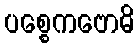
ပစ္စေကဗောဓိ